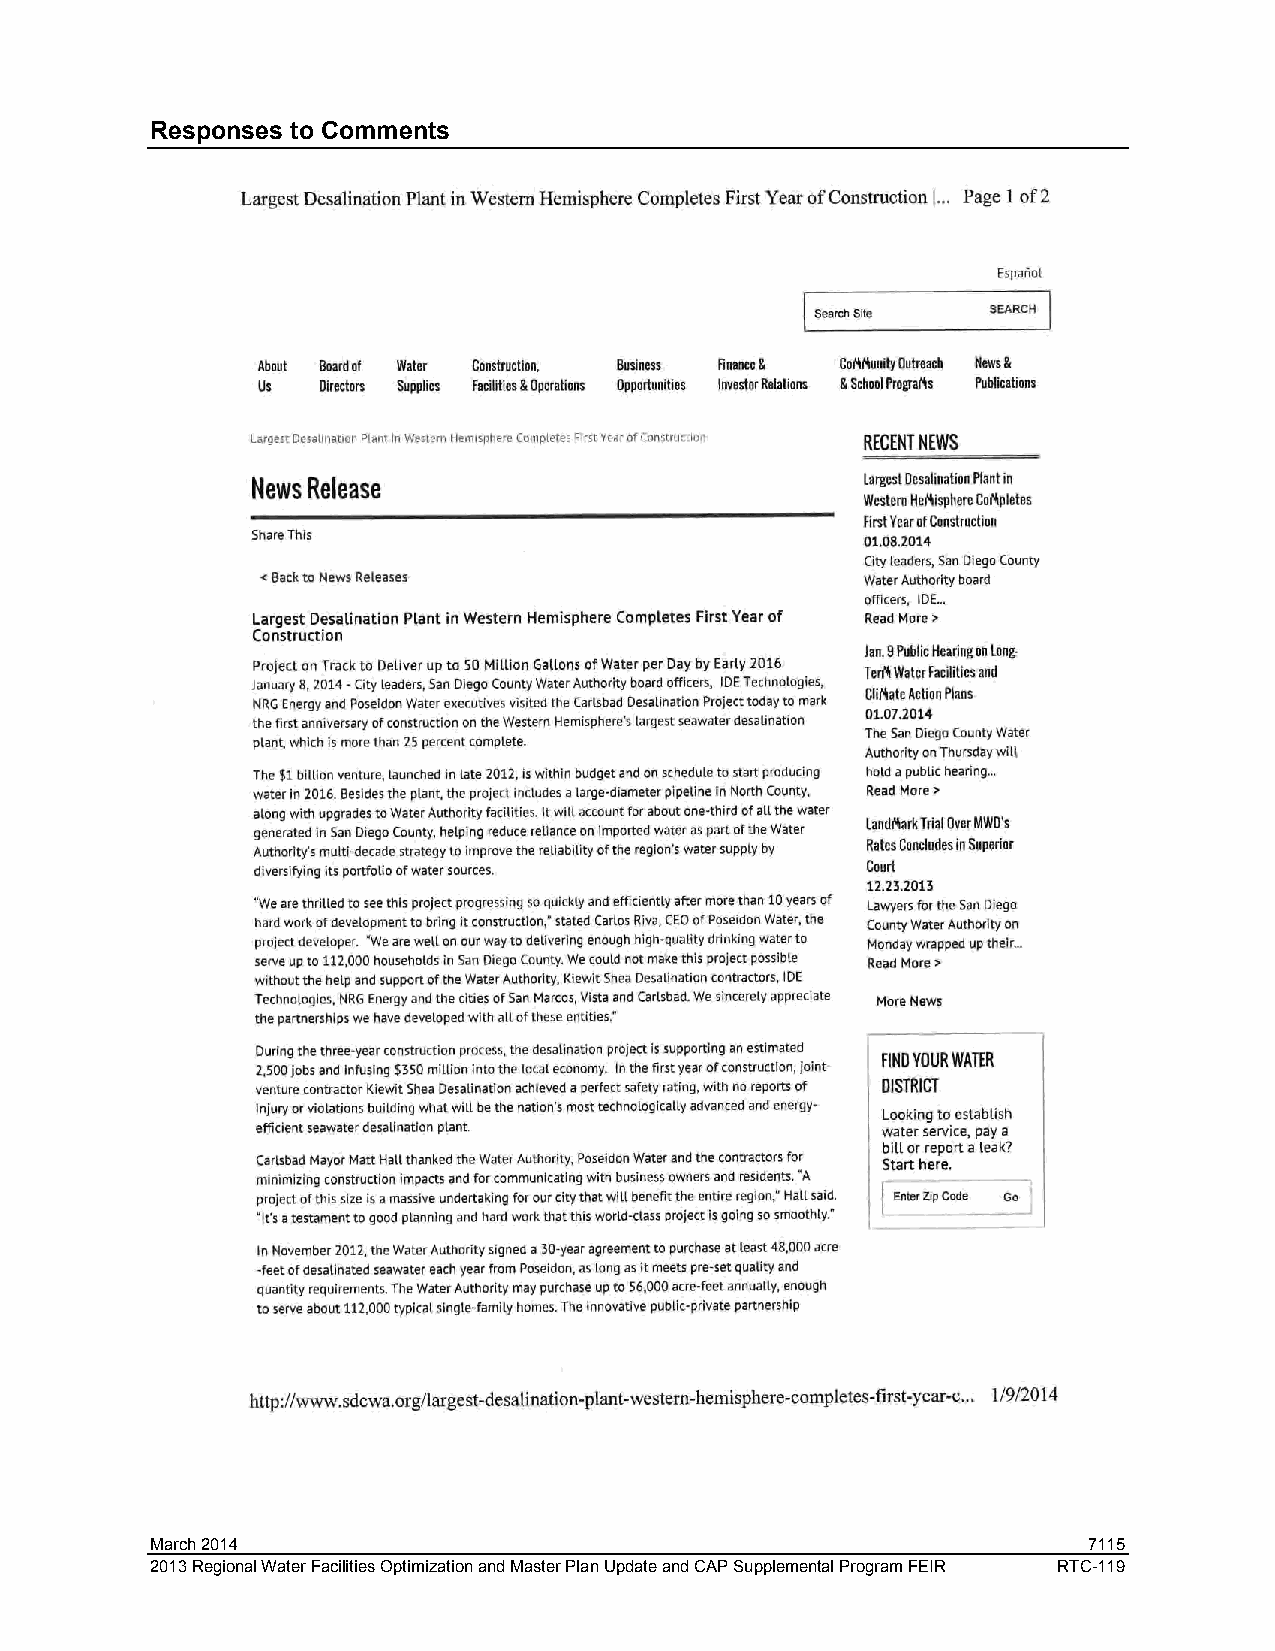
Responses to Comments
 March 2014                                                    7115
 2013 Regional Water Facilities Optimization and Master Plan Update and CAP Supplemental Program FEIR RTC-119